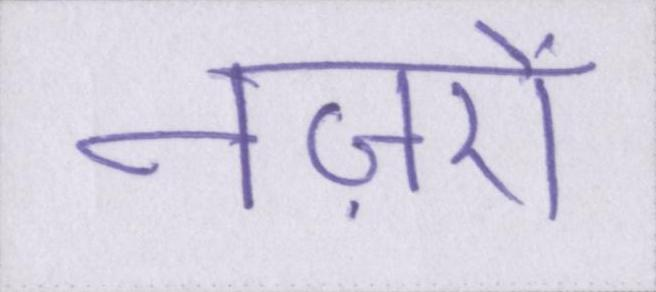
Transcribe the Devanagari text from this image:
नज़रों